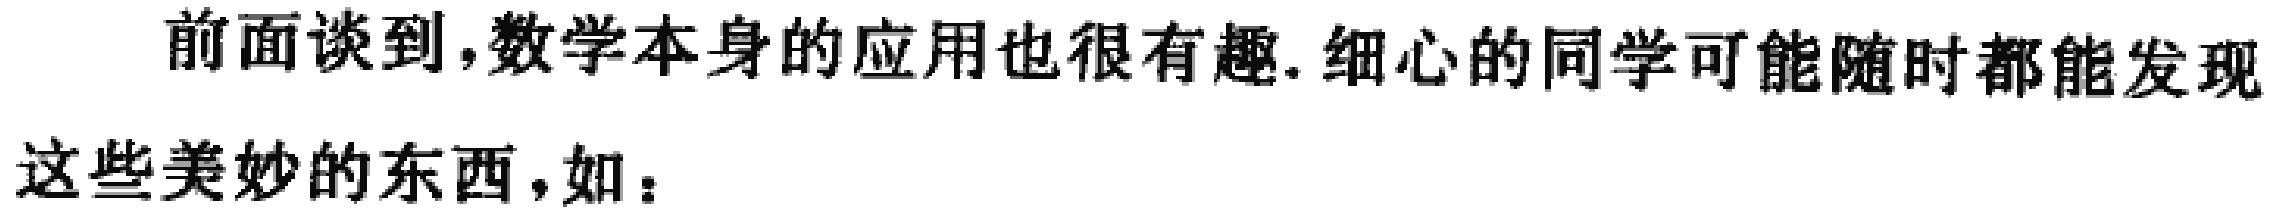
前面谈到，数学本身的应用也很有趣. 细心的同学可能随时都能发现这些美妙的东西，如：